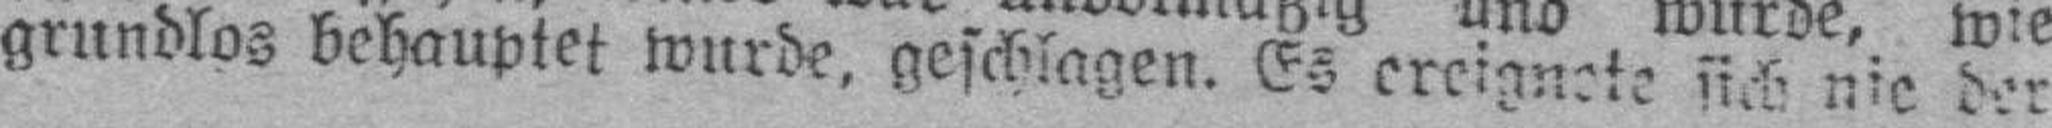
grundlos behauptet wurde, geschlagen. Es ereignete sich nie der